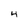
Character: 4